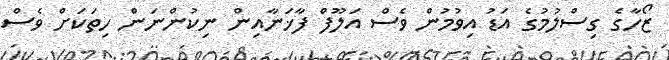
ޒޯހާގެ ގިސްލުމުގެ އަޑު އިވުމުން ވެސް އަލޫފް ފާޚަނާއިން ނިކުންނަން ހިތަކަށް ވެސް